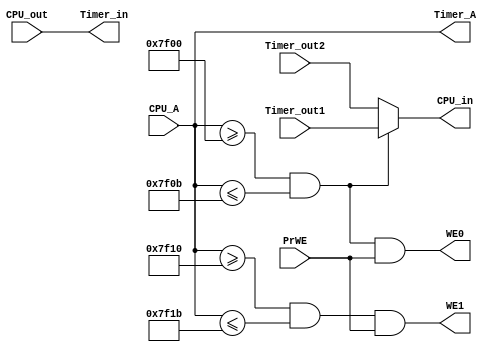
`timescale 1ns / 1ps
//////////////////////////////////////////////////////////////////////////////////
// Company: 
// Engineer: 
// 
// Design Name: 
// Module Name:    bridge_module 
// Project Name: 
// Target Devices: 
// Tool versions: 
// Description: 
//
// Dependencies: 
//
// Revision: 
// Revision 0.01 - File Created
// Additional Comments: 
//
//////////////////////////////////////////////////////////////////////////////////
module bridge_module(
    input [31:0] CPU_A,
    input [31:0] CPU_out,
	 input PrWE,
	 output [31:0] Timer_A,
    output [31:0] CPU_in,
    output WE0,
    output WE1,
    output [31:0] Timer_in,
    input [31:0] Timer_out1,
    input [31:0] Timer_out2
    );
	
	assign Timer_in = CPU_out;
	assign Timer_A = CPU_A;
	assign WE0 = (CPU_A>=32'h0000_7F00&&CPU_A<=32'h0000_7F0B)&PrWE;
	assign WE1 = (CPU_A>=32'h0000_7F10&&CPU_A<=32'h0000_7F1B)&PrWE;
	assign CPU_in = (CPU_A>=32'h0000_7F00&&CPU_A<=32'h0000_7F0B)?Timer_out1:Timer_out2;

endmodule